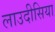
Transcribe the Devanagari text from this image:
लाउदीसिया